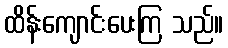
ထိန်းကျောင်းပေးကြ သည်။